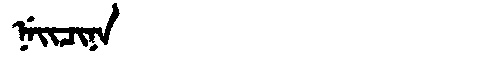
Manchu: ᠨᡝᡳᠴᡳᠨᠠ
Romanization: NEICINA